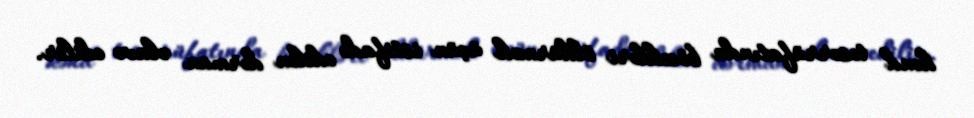
kənd təsərrüfatında böcəkləri öldürmək üçün istifadə edilən dərman əlavə edilir.